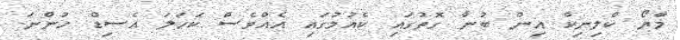
މާޔޯ ކްލިނިކް އިން ބުނާ ގޮތުގައި ކެއުމުގައި އެއްވެސް ކަހަލަ އެސިޑް ހުންނަ